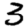
Digit: 3